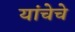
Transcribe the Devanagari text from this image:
यांचेचे